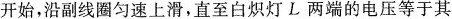
开始，沿副线圈匀速上滑，直至白炽灯L两端的电压等于其